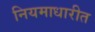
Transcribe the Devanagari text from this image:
नियमाधारीत